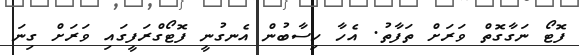
ފޮޓޯ ނަގާގޮތް ވަރަށް ތަފާތު. އެހާ ހިސާބުން އެނގުނީ ފޮޓޯގްރަފީގައި ވަރަށް ގިނަ